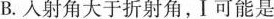
B.入射角大于折射角，Ⅰ可能是